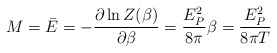
\begin{align*}M = \bar E = - {\partial \ln Z(\beta)\over \partial \beta} = {E_P^2 \over 8\pi} \beta = {E_P^2\over 8\pi T}\end{align*}